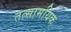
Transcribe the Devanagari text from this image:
तत्सामयिक